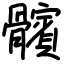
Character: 髕